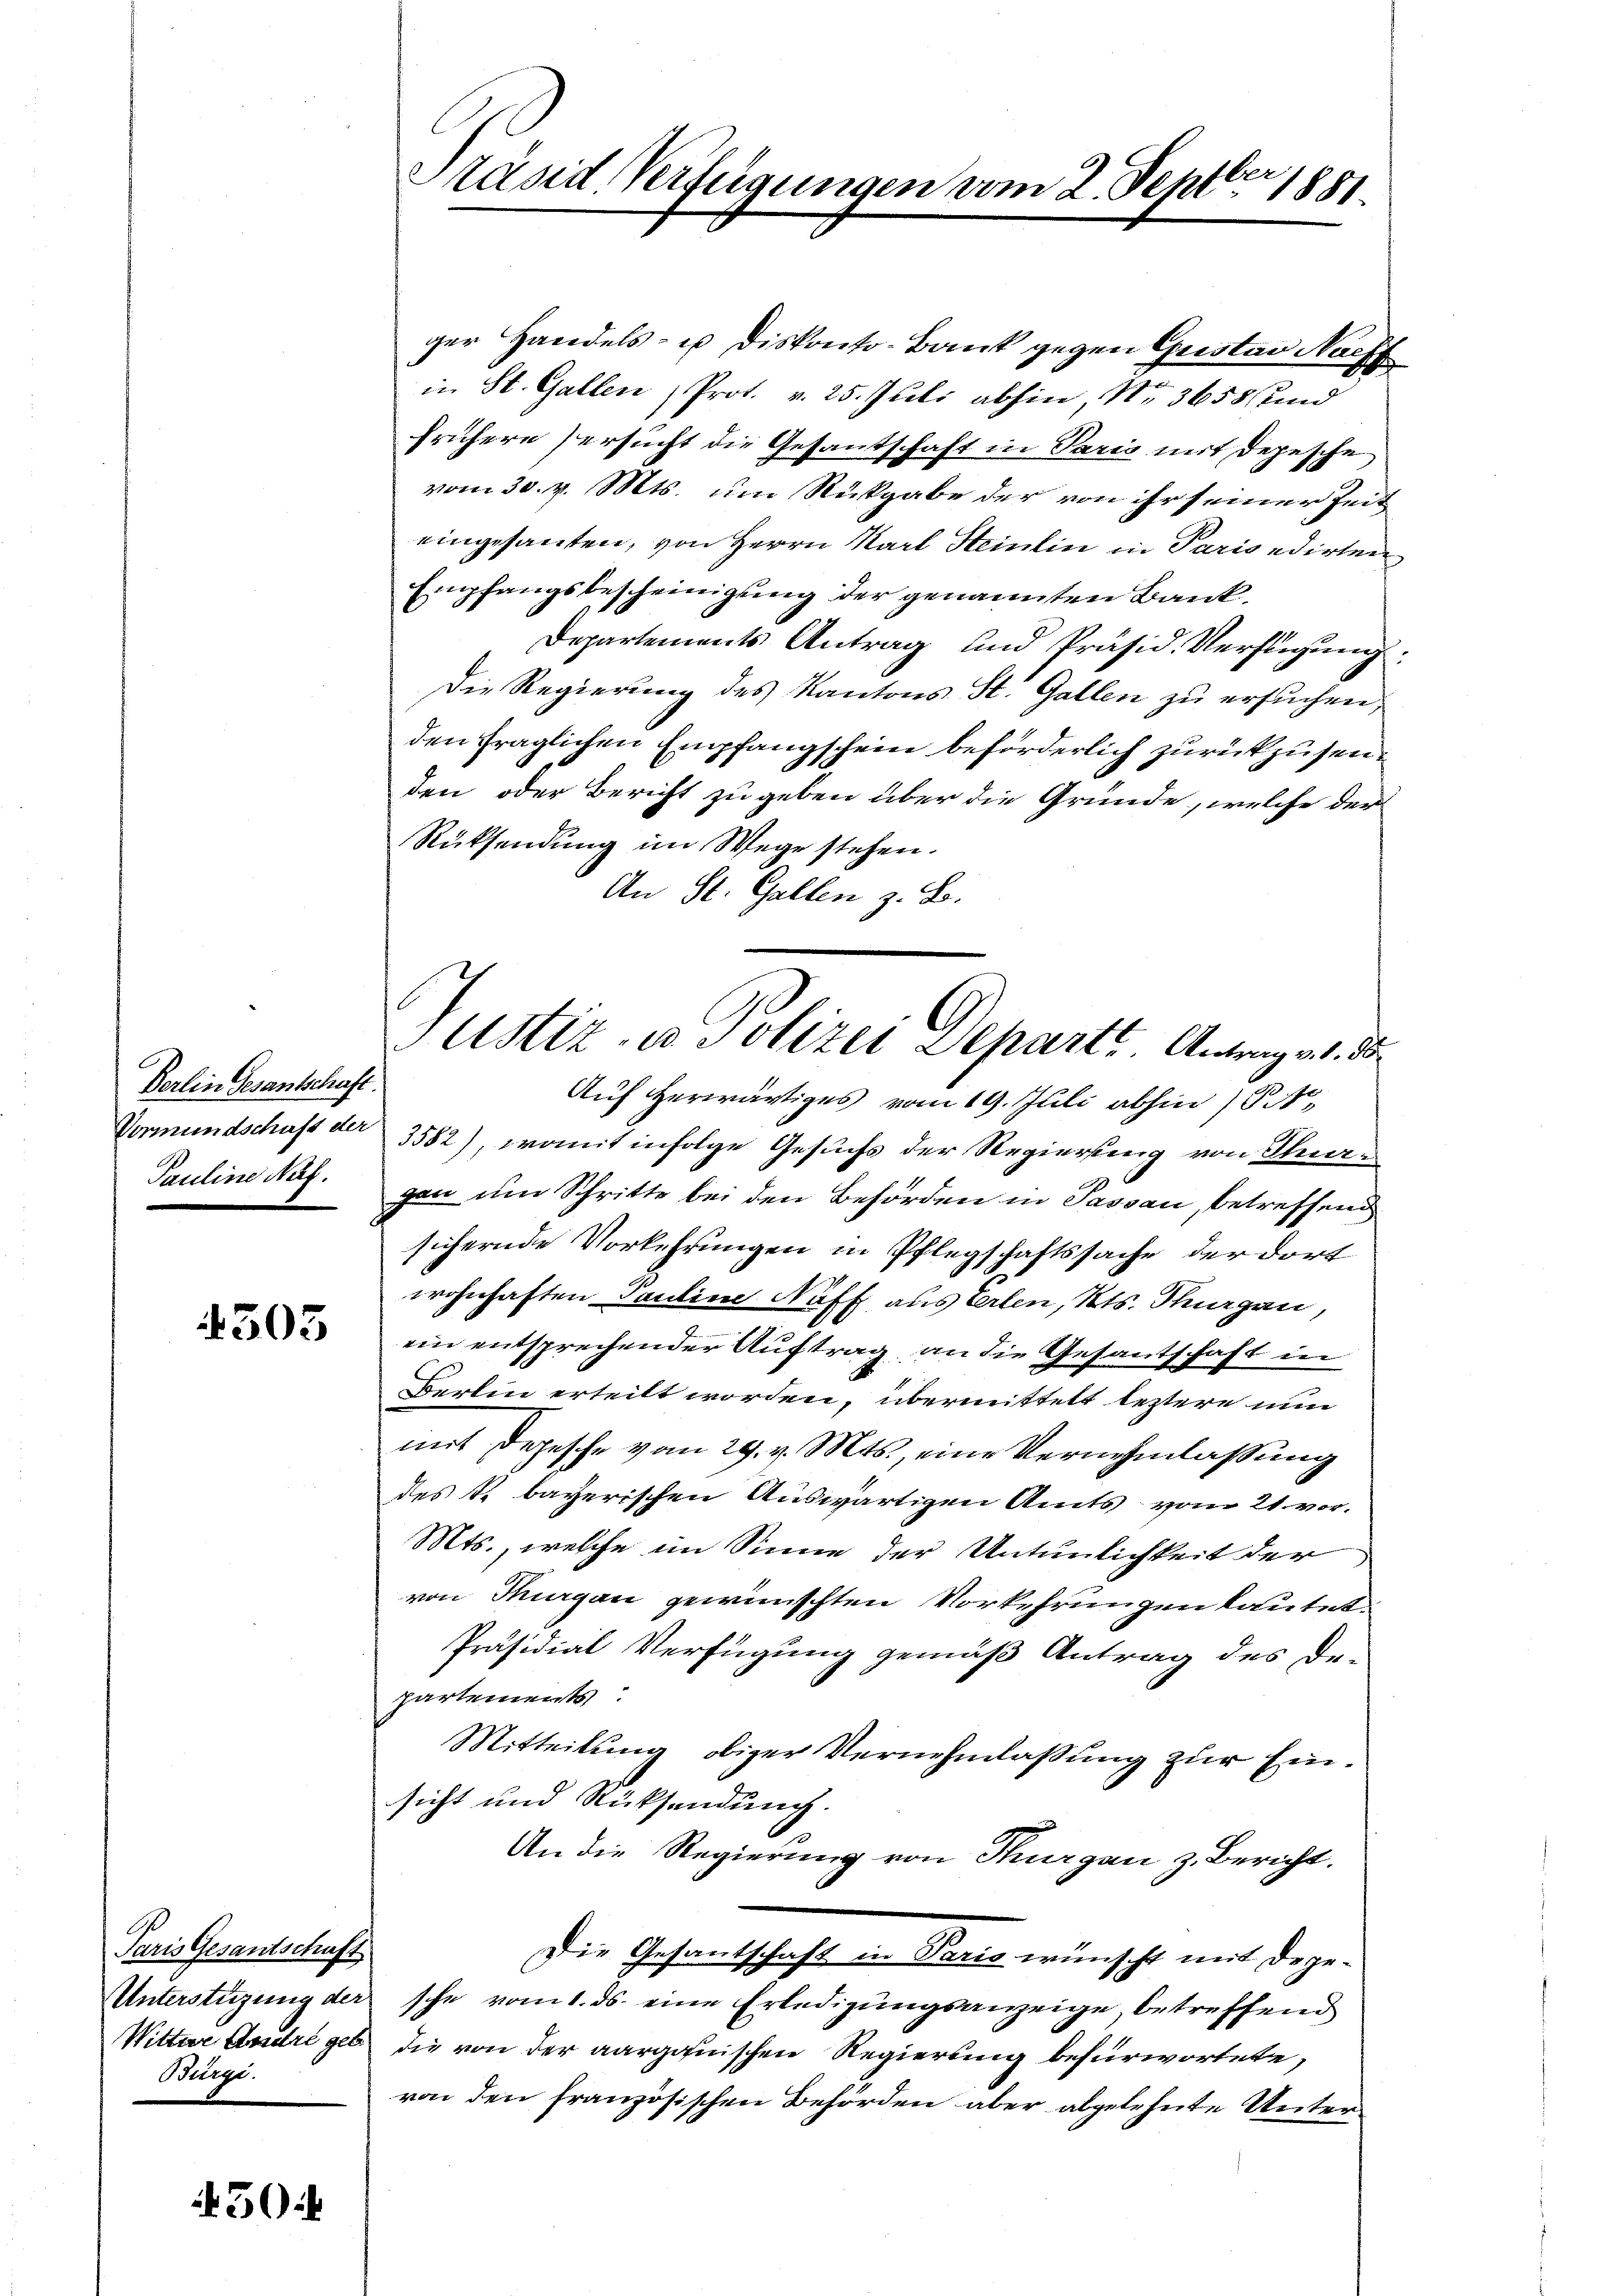
Berlin Gesantschaft.
Vormundschufs der
Pauline Nuf.

4303

Paris Gesantschaft
Unterstüzung der
Brege.

30

be
Präsid. Verfügungen vom 2. Sept. 1881.

ger Handels- u diskonto-Bank gegen Gustav Nach
in St. Gallen, Prot. v. 25. Juli abhin, No 3658 und
frühere ersucht die Gesantschaft in Paris mit Depesche
vom 30. v. Mts. um Rückgabe der von ihr seiner Zeit
eingesanten, von Herrn Karl Steinlin in Parisedirten
Empfangsbescheinigung der genannten Bank¬
Departements Antrag und Präsid. Verfügung
Die Regierung des Kantons St. Gallen zu ersuchen,
den fraglichen Empfangschein beförderlich zurückzusenden oder Bericht zu geben über die Gründe, welche der
Rücksendung im Wege stehen.
An St. Gallen z. B.
Auf herwärtiges vom 19. Juli abhin 184,
3582), womit infolge Gesuchs der Regierung von Stuargen um Schritte bei den Behörden in Passau, betreffend
sichernde Vorkehrungen in Pflegschaftssache der dort
wohnhaften Pauline Naff aus Erlen, Kts. Thurgau,
ein entsprechender Auftrag, an die Gesantschaft in
Berlin erteilt worden, übermittelt leztere nun
mit Depesche vom 29. v. Mts., eine Vernehmlassung
des k. bayerischen Auswärtigen Amts vom 21. vor.
Mts., welche im Sinne der Untenlichkeit der
von Thurgau gewünschten Vorkehrungen lautet.
Präsidial Verfügung gemäß Antrag des De-
partements
Mitteilung obiger Vernehmlassung zur Einsicht und Rücksendung.
An die Regierung von Thurgau z. Bericht.
Die Gesandschaft in Paris wünscht mit Dege-
sche vom 1. ds. eine Erledigungsanzeige, betreffend
Wittwe Andri geb die von der aargauischen Regierung befürwortete,
von den französischen Behörden aber abgelehnte Unter¬

Justiz in Polizei Departe Antrag an d